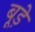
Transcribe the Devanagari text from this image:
बूड़े